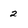
Character: 2